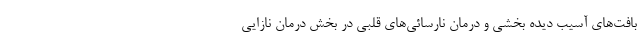
بافت‌های آسیب دیده بخشی و درمان نارسائی‌های قلبی در بخش درمان نازایی